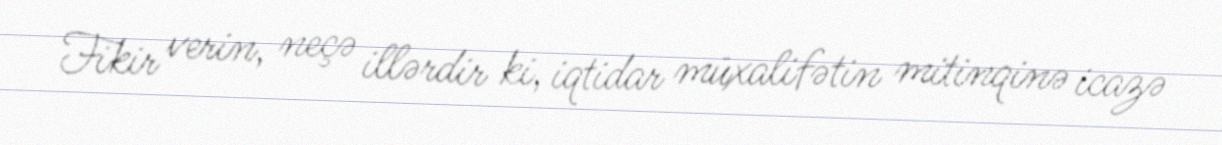
Fikir verin, neçə illərdir ki, iqtidar müxalifətin mitinqinə icazə